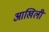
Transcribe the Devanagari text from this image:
आखिली